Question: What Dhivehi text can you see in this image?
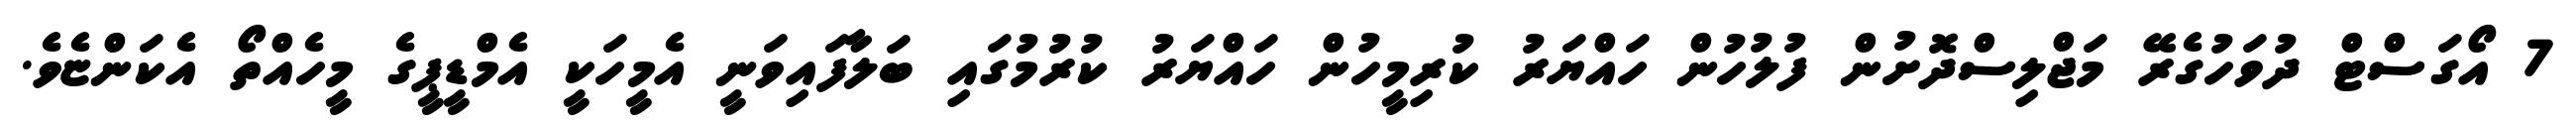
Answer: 7 އޯގަސްޓް ދުވަހުގެރޭ މަޖްލިސްދޮށުން ފުލުހުން ހައްޔަރު ކުރިމީހުން ހައްޔަރު ކުރުމުގައި ބަލާފައިވަނީ އެމީހަކީ އެމްޑީޕީގެ މީހެއްތޯ އެކަންޏެވެ.